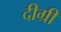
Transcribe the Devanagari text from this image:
दीग्री